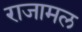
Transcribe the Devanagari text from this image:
राजामल